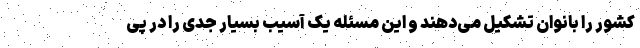
کشور را بانوان تشکیل می‌دهند و این مسئله یک آسیب بسیار جدی را در پی